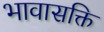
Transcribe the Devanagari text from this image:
भावासक्ति